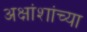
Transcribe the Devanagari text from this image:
अक्षांशांच्या